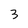
Character: 3